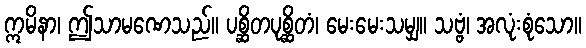
ဣမိနာ၊ ဤသာမဏေသည်။ ပစ္ဆိတပုစ္ဆိတံ၊ မေးမေးသမျှ။ သဗ္ဗံ၊ အလုံးစုံသော။